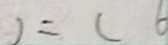
) = ( 6